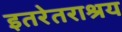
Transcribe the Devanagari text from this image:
इतरेतराश्रय